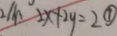
2 x \times 2 y = 2 \textcircled { 1 }